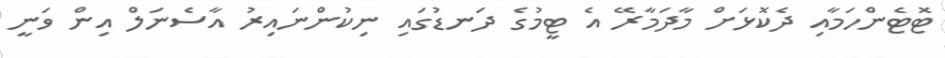
ޓޮޓެންހަމާއި ދެކޮޅަށް މާދަމާރޭ އެ ޓީމުގެ ދަނޑުގައި ނިކުންނައިރު އާސެނަލް އިން ވަނީ